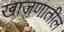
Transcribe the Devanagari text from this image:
खाजणातील